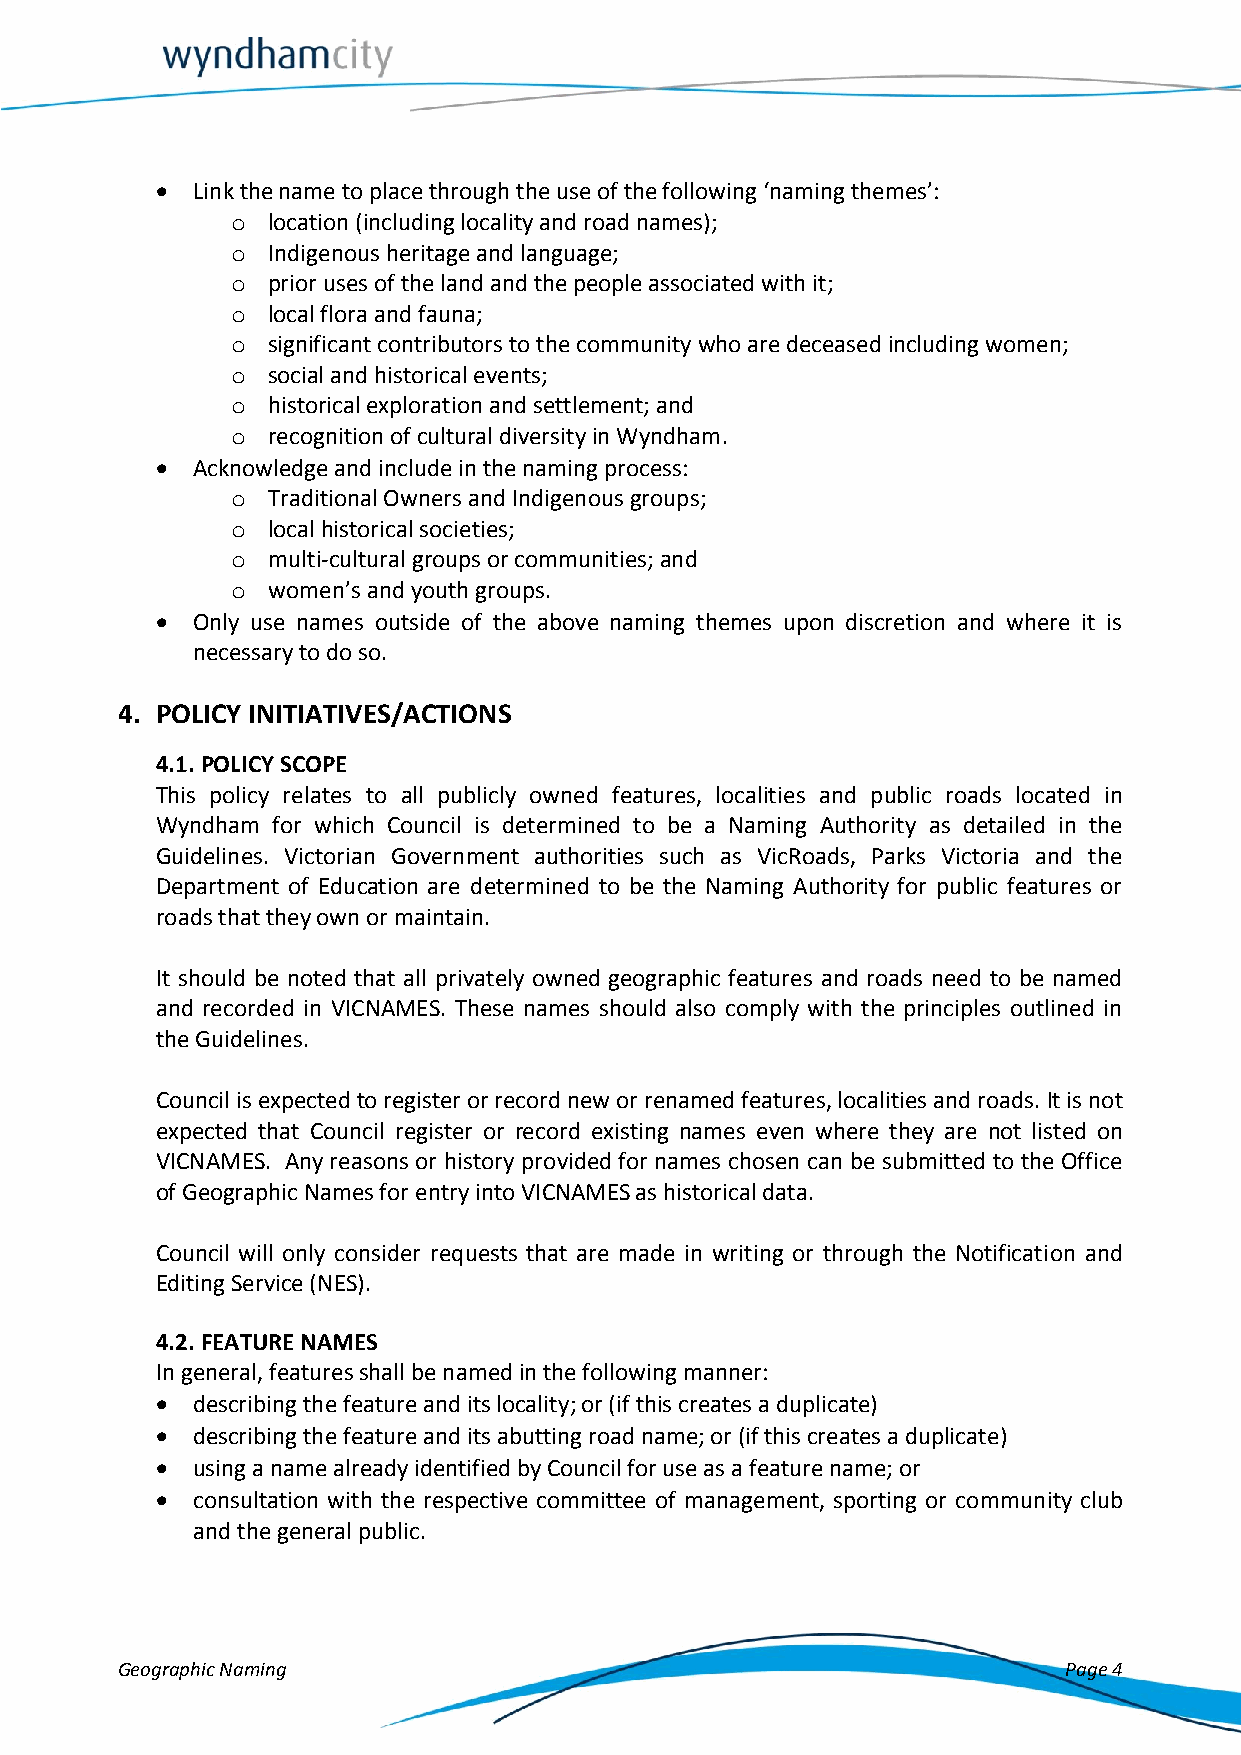
  Link the name to place through the use of the following ‘naming themes’:
 o  location (including locality and road names);
 o  Indigenous heritage and language;
 o  prior uses of the land and the people associated with it;
 o  local flora and fauna;
 o  significant contributors to the community who are deceased including women;
 o  social and historical events;
 o  historical exploration and settlement; and
 o  recognition of cultural diversity in Wyndham.
   Acknowledge and include in the naming process:
 o  Traditional Owners and Indigenous groups;
 o  local historical societies;
 o  multi-cultural groups or communities; and
 o  women’s and youth groups.
   Only use names outside of the above naming themes upon discretion and where it is
 necessary to do so.
 4. POLICY INITIATIVES/ACTIONS
 4.1. POLICY SCOPE
 This policy relates to all publicly owned features, localities and public roads located in
 Wyndham for which Council is determined to be a Naming Authority as detailed in the
 Guidelines. Victorian Government authorities such as VicRoads, Parks Victoria and the
 Department of Education are determined to be the Naming Authority for public features or
 roads that they own or maintain.
 It should be noted that all privately owned geographic features and roads need to be named
 and recorded in VICNAMES. These names should also comply with the principles outlined in
 the Guidelines.
 Council is expected to register or record new or renamed features, localities and roads. It is not
 expected that Council register or record existing names even where they are not listed on
 VICNAMES. Any reasons or history provided for names chosen can be submitted to the Office
 of Geographic Names for entry into VICNAMES as historical data.
 Council will only consider requests that are made in writing or through the Notification and
 Editing Service (NES).
 4.2. FEATURE NAMES
 In general, features shall be named in the following manner:
   describing the feature and its locality; or (if this creates a duplicate)
   describing the feature and its abutting road name; or (if this creates a duplicate)
   using a name already identified by Council for use as a feature name; or
   consultation with the respective committee of management, sporting or community club
 and the general public.
 Geographic Naming                                             Page 4